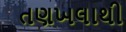
તણખલાથી